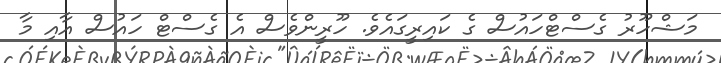
މަޝްހޫރު ގެސްޓްހައުސް ގެ ކައިރީގައެވެ. ހޫރީންވެސް އެ ގެސްޓް ހައުސް އާއި މާ